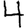
Digit: 4